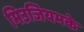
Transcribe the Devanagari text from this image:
मिउजियमके